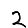
Digit: 2